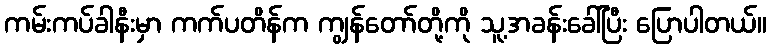
ကမ်းကပ်ခါနီးမှာ ကက်ပတိန်က ကျွန်တော်တို့ကို သူ့အခန်းခေါ်ပြီး ပြောပါတယ်။